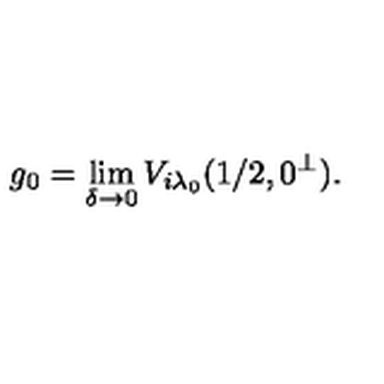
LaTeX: g _ { 0 } = \lim _ { \delta \rightarrow 0 } V _ { i \lambda _ { 0 } } ( 1 / 2 , 0 ^ { \perp } ) .